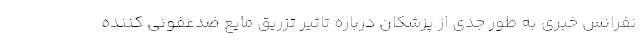
نفرانس خبری به طور جدی از پزشکان درباره تاثیر تزریق مایع ضدعفونی کننده